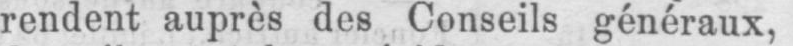
rendent auprès des Conseils généraux,